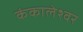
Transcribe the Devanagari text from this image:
कंकालेश्‍वर